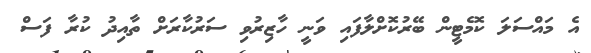
އެ މައްސަލަ ކޮމެޓީން ބޭރުކޮށްލާފައި ވަނީ ހާޒިރުވި ސަރުކާރަށް ތާއިދު ކުރާ ފަސް